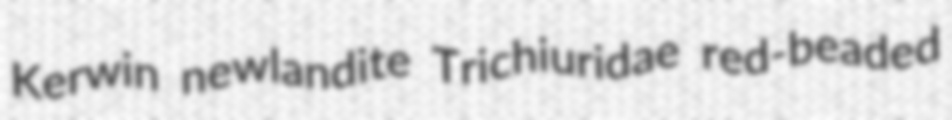
Kerwin newlandite Trichiuridae red-beaded